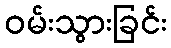
ဝမ်းသွားခြင်း